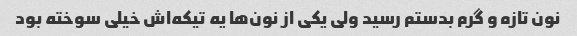
نون تازه و گرم بدستم رسید ولی یکی از نون‌ها یه تیکه‌اش خیلی سوخته بود